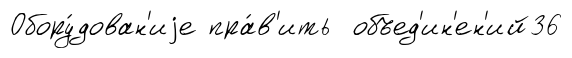
Обору́дован'иjе пра́в'ить объед'ин'ен'ий36